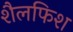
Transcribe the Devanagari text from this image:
शैलफिश